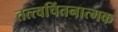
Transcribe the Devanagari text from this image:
तत्त्वचिंतनात्मक